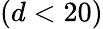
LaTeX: (d<20)